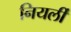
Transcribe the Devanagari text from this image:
नियर्ली